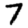
Digit: 7